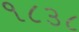
૧૮૩૮